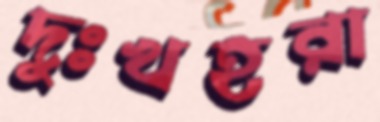
দুঃখহরা